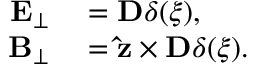
\begin{array} { r l } { \mathbf { E } _ { \perp } } & { { } = \mathbf { D } \delta ( \xi ) , } \\ { \mathbf { B } _ { \perp } } & { { } = \mathbf { \hat { z } } \times \mathbf { D } \delta ( \xi ) . } \end{array}